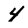
Character: 4